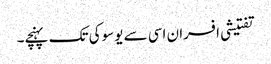
تفتیشی افسران اسی سے یوسوکی تک پہنچے۔